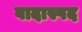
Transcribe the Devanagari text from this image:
वादास्पद